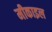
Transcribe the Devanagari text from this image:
मीकाइल